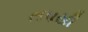
તપસી